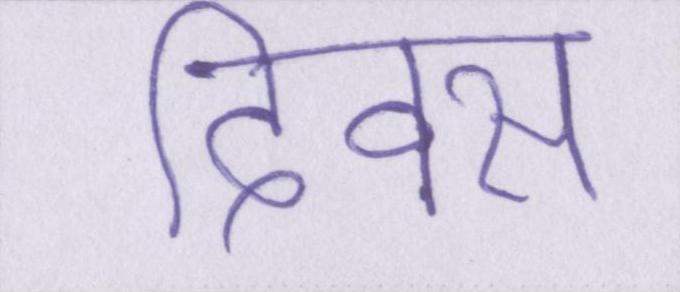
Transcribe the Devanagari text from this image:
दिवस